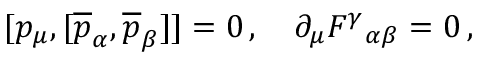
[ p _ { \mu } , [ \overline { { { p } } } _ { \alpha } , \overline { { { p } } } _ { \beta } ] ] = 0 \, , \quad \partial _ { \mu } F ^ { \gamma } { } _ { \alpha \beta } = 0 \, ,